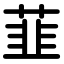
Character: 韮